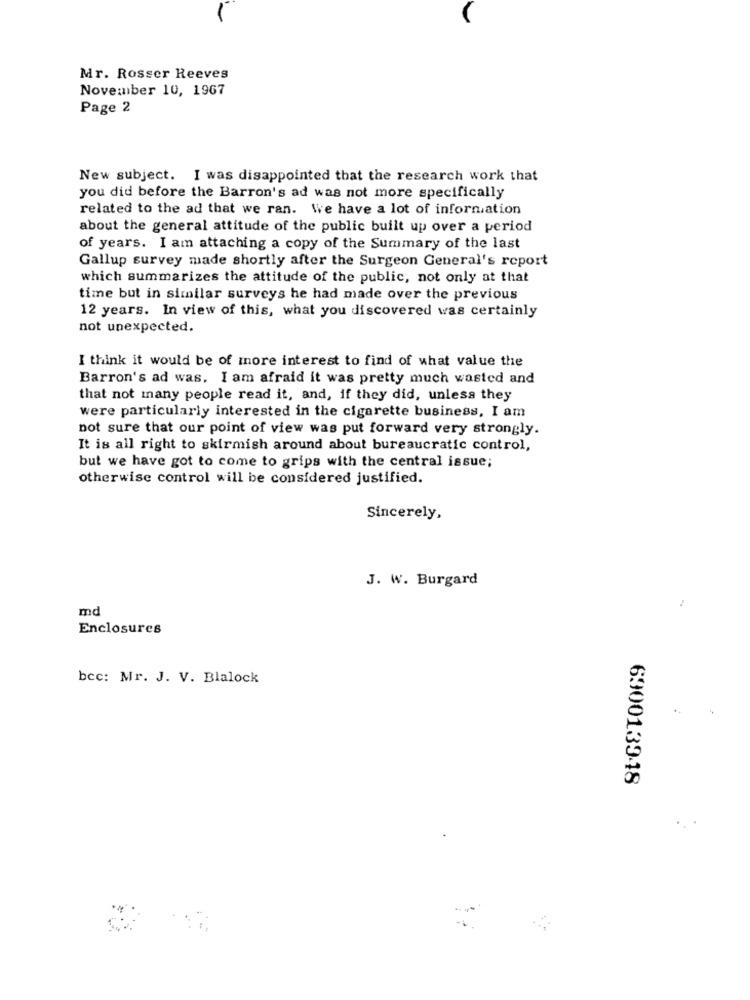
Mr. Rosser Reeves
November 10, 1967
Page 2
New subject. I was disappointed that the research work that
you did before the Barron's ad was not more specifically
related to the ad that we ran. We have a lot of information
about the general attitude of the public built up over a period
of years. I am attaching a copy of the Summary of the last
Gallup survey made shortly after the Surgeon General's report
which summarizes the attitude of the public, not only at that
time but in similar surveys he had made over the previous
12 years. In view of this, what you discovered was certainly
not unexpected.
I think it would be of more interest to find of what value the
Barron's ad was. I am afraid it was pretty much wasted and
that not many people read it, and, if they did, unless they
were particularly interested in the cigarette business, I am
not sure that our point of view was put forward very strongly.
It is all right to skirmish around about bureaucratic control,
but we have got to come to grips with the central issue;
otherwise control will be considered justified.
Sincerely,
J. W. Burgard
md
Enclosures
bec: Mr. J. V. Blalock
690013948